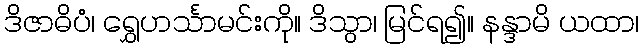
ဒိဇာဓိပံ၊ ရွှေဟင်္သာမင်းကို။ ဒိသွာ၊ မြင်ရ၍။ နန္ဒာမိ ယထာ၊